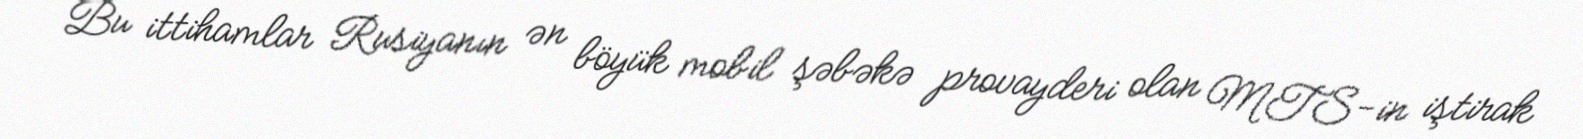
Bu ittihamlar Rusiyanın ən böyük mobil şəbəkə provayderi olan MTS-in iştirak